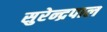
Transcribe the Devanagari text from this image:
सुरेन्द्रपाल